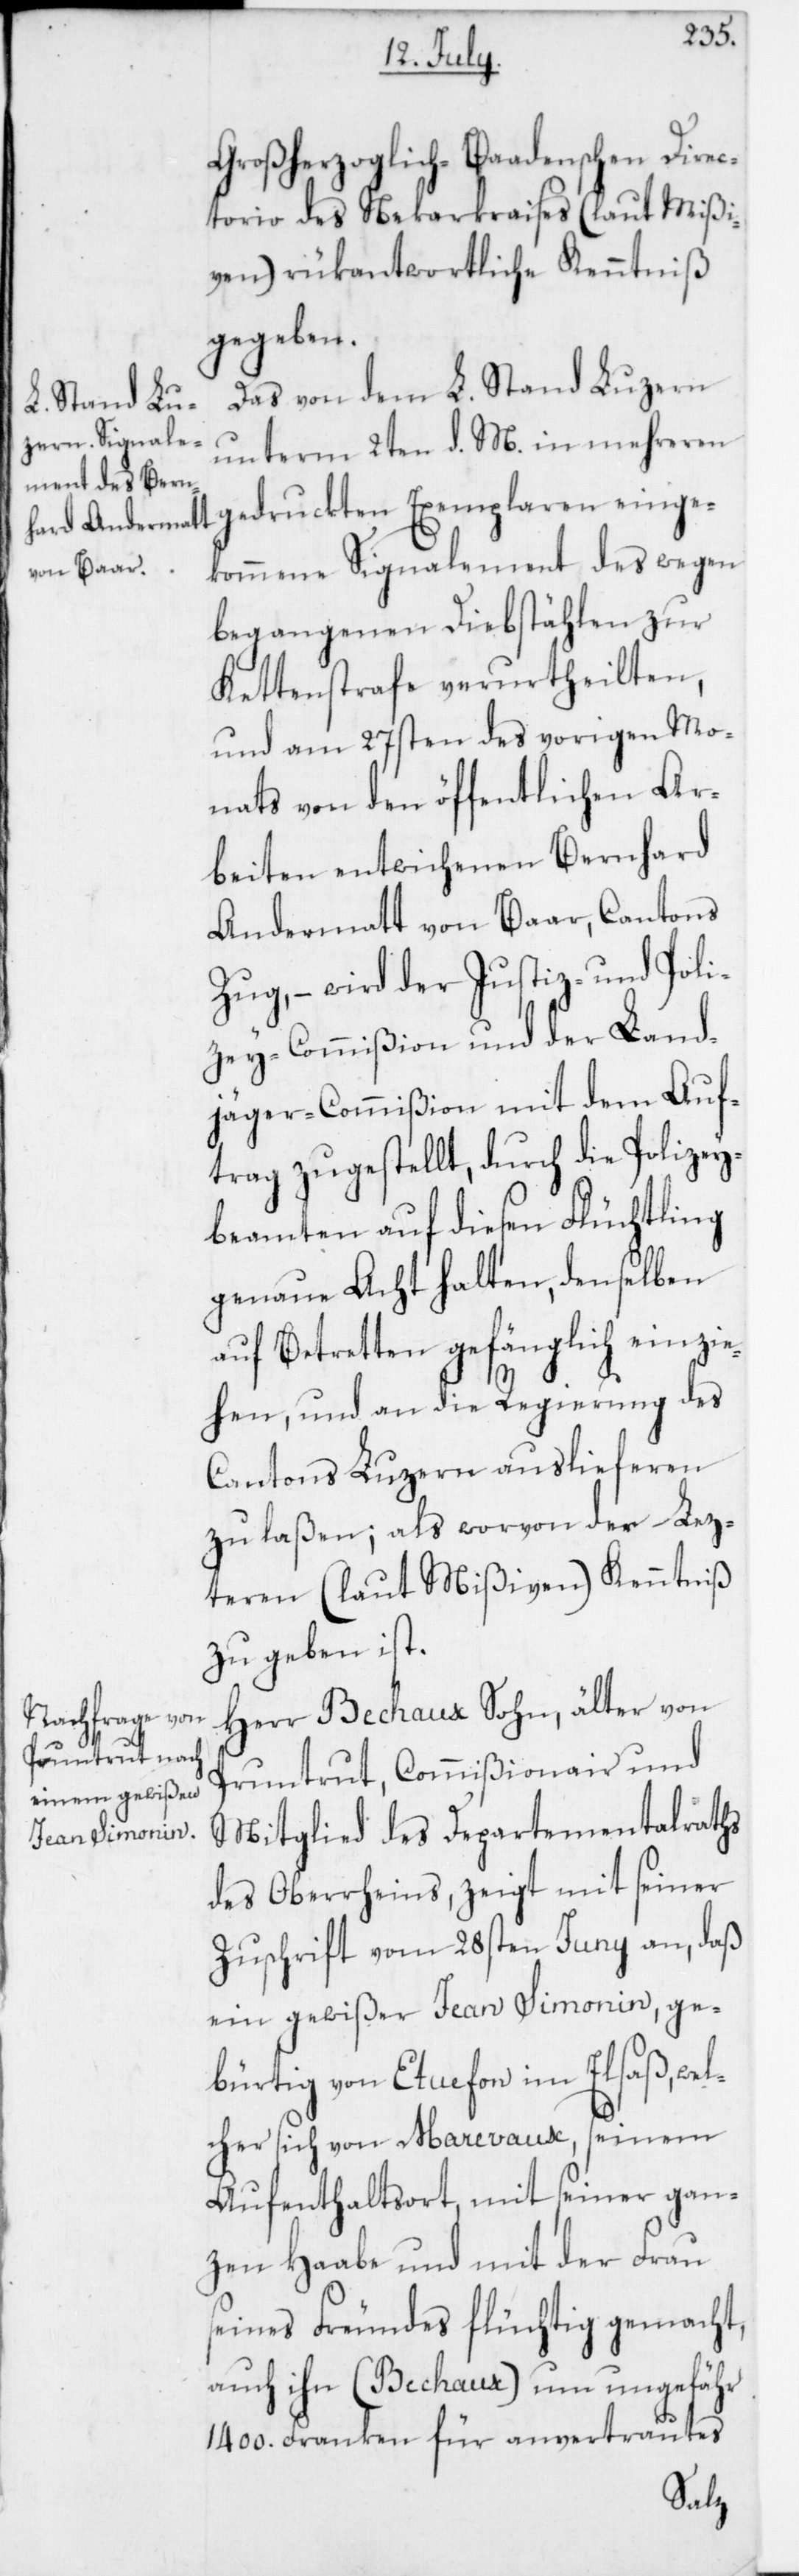
Großherzoglich-Baadenschen Direc¬
torio des Nekarkraises (laut Mißi¬
ven) rükantwortliche Kenntniß
gegeben.
Das von dem L. Stand Luzern
unterm 2ten d. M. in mehreren
gedruckten Exemplaren einge¬
kommene Signalement des wegen
begangenen Diebstählen zur
Kettenstrafe verurtheilten,
und am 27sten des vorigen Mo¬
nats von den öffentlichen Ar¬
beiten entwichenen Bernhard
Andermatt von Baar, Cantons
Zug, – wird der Justiz- und Poli¬
zey-Commißion und der Land¬
jäger-Commißion mit dem Auf¬
trag zugestellt, durch die Polizey¬
beamten auf diesen Flüchtling
genaue Acht halten, denselben
auf Betretten gefänglich einzie¬
hen, und an die Regierung des
Cantons Luzern auslieferen
zu laßen; als worvon der Lez¬
teren (laut Mißiven) Kenntniß
zu geben ist.
Herr Bechaux Sohn, älter, von
Pruntrut, Commißionair und
Mitglied des Departementalraths
des Oberrheins, zeigt mit seiner
Zuschrift vom 28sten Juny an, daß
ein gewißer Jean Simonin, ge¬
bürtig von Etuefon im Elsaß, wel¬
cher sich von Marevaux, seinem
Aufenthaltsort, mit seiner gan¬
zen Haabe und mit der Frau
seines Freundes flüchtig gemacht,
auch ihn (Bechaux) um ungefähr
1400. Franken für anvertrautes